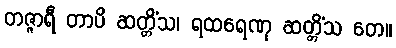
တဇ္ဇာရီ တာပိ ဆတ္တိံသ၊ ရထရေဏု ဆတ္တိံသ တေ။